Leaving Certificate Examination, 1911
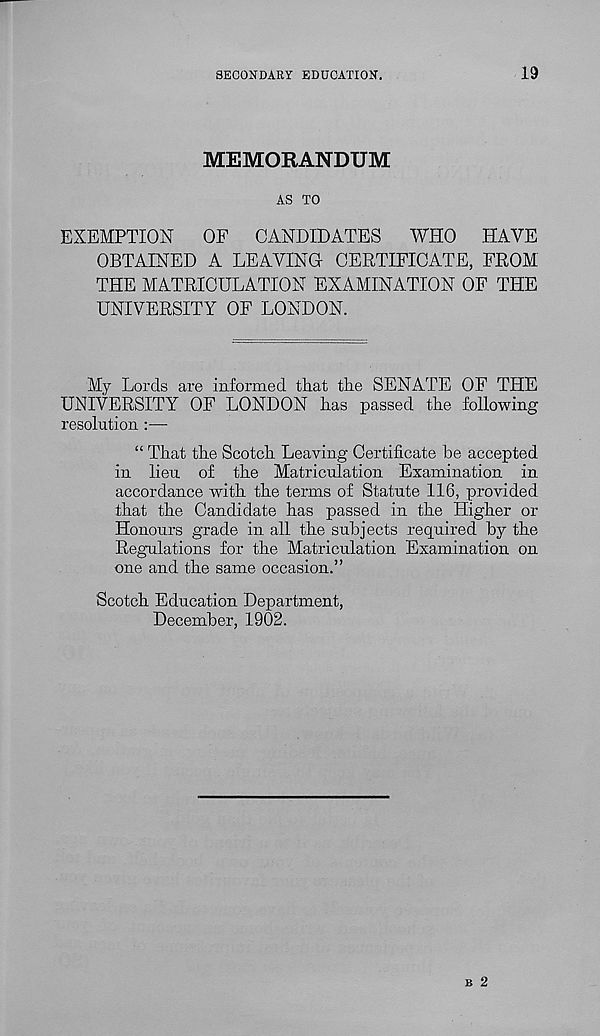
SECONDARY EDUCATION.
19
MEMORANDUM
AS TO
EXEMPTION
OF CANDIDATES WHO HAVE
OBTAINED A LEAVING CERTIFICATE, FROM
THE MATRICULATION EXAMINATION OF THE
UNIVERSITY OF LONDON.
My Lords are informed that the SENATE OF THE
UNIVERSITY OF LONDON has passed the following
resolution :—
“ That the Scotch Leaving Certificate be accepted
in lieu of the Matriculation Examination in
accordance with the terms of Statute 116, provided
that the Candidate has passed in the Higher or
Honours grade in all the subjects required by the
Regulations for the Matriculation Examination on
one and the same occasion.”
Scotch Education Department,
December, 1902.